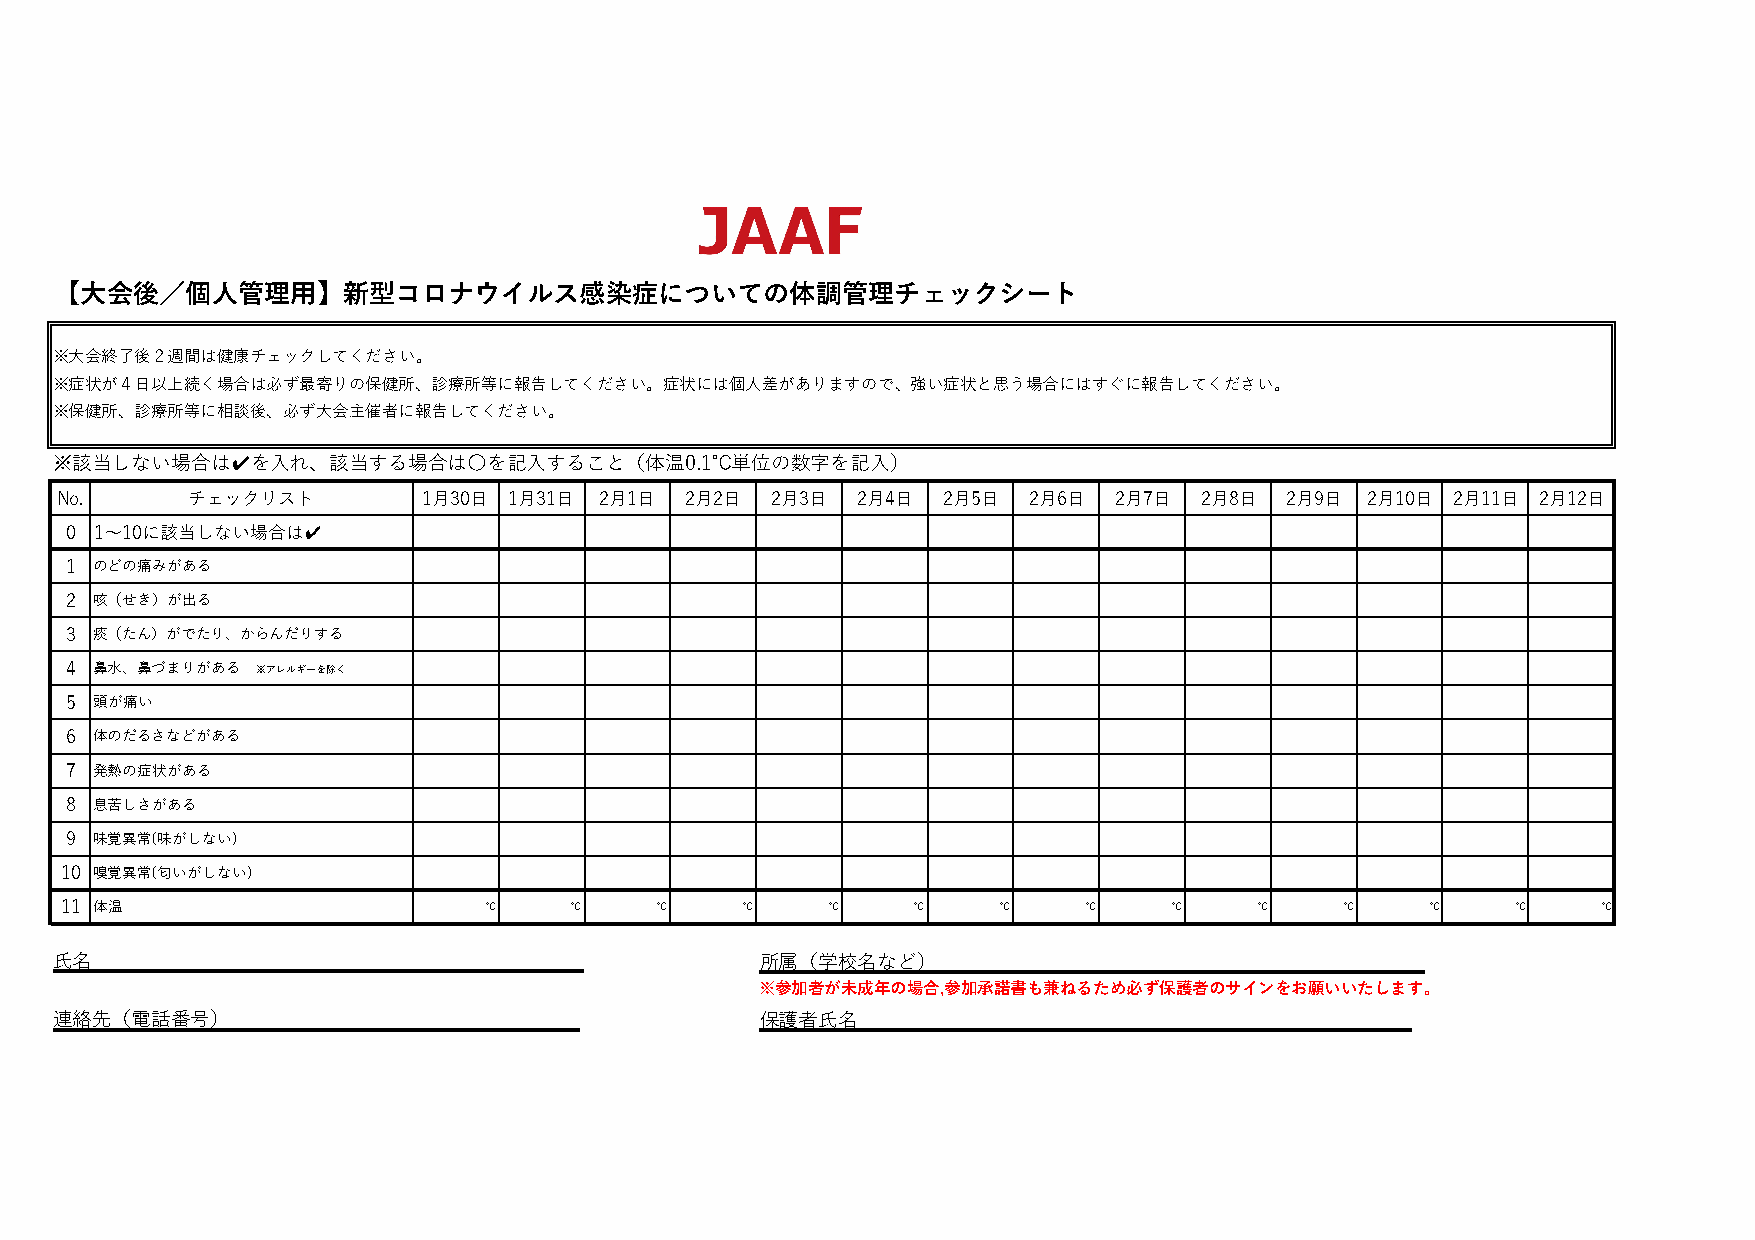
【大会後／個人管理用】新型コロナウイルス感染症についての体調管理チェックシート
 ※大会終了後２週間は健康チェックしてください。
 ※症状が４日以上続く場合は必ず最寄りの保健所、診療所等に報告してください。症状には個人差がありますので、強い症状と思う場合にはすぐに報告してください。
 ※保健所、診療所等に相談後、必ず大会主催者に報告してください。
 ※該当しない場合は✔を入れ、該当する場合は〇を記入すること（体温0.1℃単位の数字を記入）
 No.      チェックリスト        1月30日 1月31日 2月1日 2月2日  2月3日  2月4日 2月5日  2月6日  2月7日 2月8日  2月9日 2月10日 2月11日 2月12日
 0 1〜10に該当しない場合は✔
 1 のどの痛みがある
 2 咳（せき）が出る
 3 痰（たん）がでたり、からんだりする
 4 鼻水、鼻づまりがある ※アレルギーを除く
 5 頭が痛い
 6 体のだるさなどがある
 7 発熱の症状がある
 8 息苦しさがある
 9 味覚異常(味がしない)
 10 嗅覚異常(匂いがしない)
 11 体温                       ℃     ℃     ℃    ℃     ℃     ℃    ℃     ℃     ℃    ℃     ℃     ℃    ℃     ℃
 氏名                                            所属（学校名など）
 ※参加者が未成年の場合,参加承諾書も兼ねるため必ず保護者のサインをお願いいたします。
 連絡先（電話番号）                                     保護者氏名